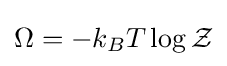
\Omega =-k_{B}T\log {\mathcal {Z}}